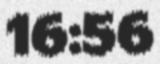
16:56